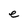
Character: e